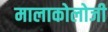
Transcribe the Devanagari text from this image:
मालाकोलोजी